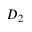
D _ { 2 }